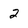
Character: 2